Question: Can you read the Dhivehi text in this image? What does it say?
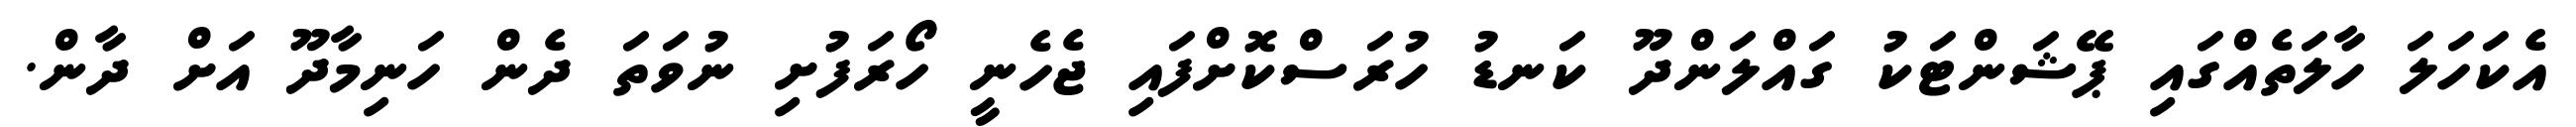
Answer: އެކަހަލަ ހާލަތެއްގައި ޕޭޝަންޓަކު ގައްލަންދޫ ކަނޑު ހުރަސްކޮށްފައި ޖެހެނީ ހޯރަފުށި ނުވަތަ ދެން ހަނިމާދޫ އަށް ދާން.